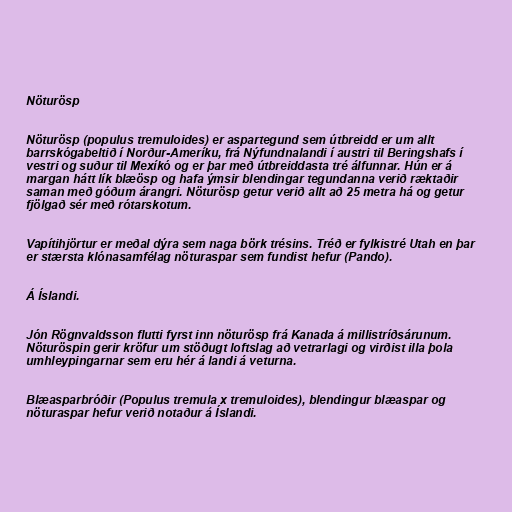
Nöturösp

Nöturösp (populus tremuloides) er aspartegund sem útbreidd er um allt
barrskógabeltið í Norður-Ameríku, frá Nýfundnalandi í austri til Beringshafs í
vestri og suður til Mexíkó og er þar með útbreiddasta tré álfunnar. Hún er á
margan hátt lík blæösp og hafa ýmsir blendingar tegundanna verið ræktaðir
saman með góðum árangri. Nöturösp getur verið allt að 25 metra há og getur
fjölgað sér með rótarskotum.

Vapítihjörtur er meðal dýra sem naga börk trésins. Tréð er fylkistré Utah en þar
er stærsta klónasamfélag nöturaspar sem fundist hefur (Pando).

Á Íslandi.

Jón Rögnvaldsson flutti fyrst inn nöturösp frá Kanada á millistríðsárunum.
Nöturöspin gerir kröfur um stöðugt loftslag að vetrarlagi og virðist illa þola
umhleypingarnar sem eru hér á landi á veturna.

Blæasparbróðir (Populus tremula x tremuloides), blendingur blæaspar og
nöturaspar hefur verið notaður á Íslandi.